Civil Veterinary Department. Madras. Admin. report 1926-33 - 1926-1933
Year: 1926
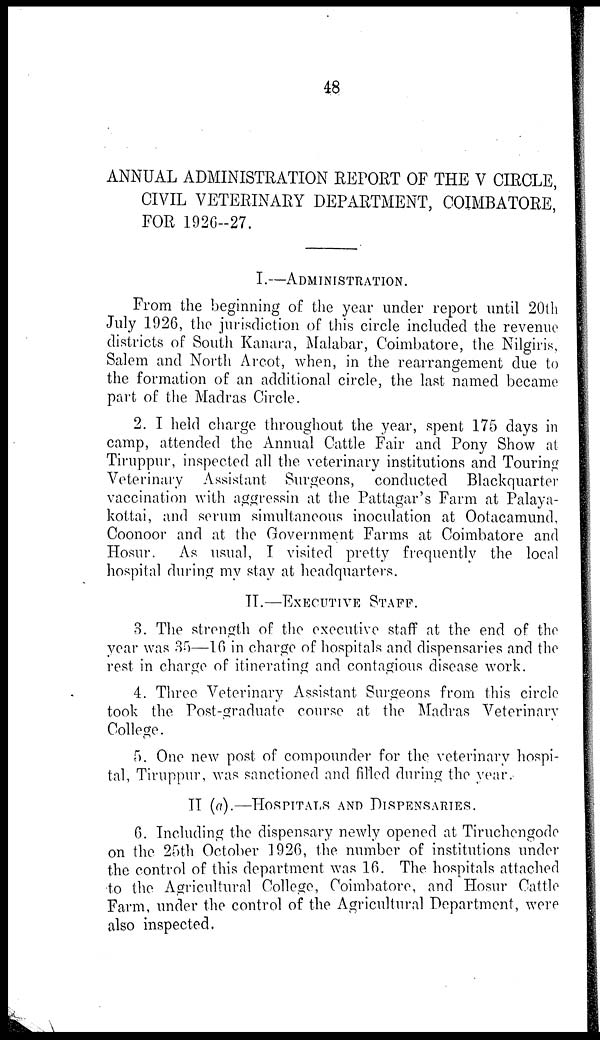
48
ANNUAL ADMINISTRATION REPORT OF THE V CIRCLE,
CIVIL VETERINARY DEPARTMENT, COIMBATORE,
FOR 192C--27.
I.—ADMINISTRATION.
From the beginning of the year under report until 20th
July 1926, the jurisdiction of this circle included the revenue
districts of South Kanara, Malabar, Coimbatore, the Nilgiris,
Salem and North Arcot, when, in the rearrangement clue to
the formation of an additional circle, the last named became
part of the Madras Circle.
2. I held charge throughout the year, spent 175 days in
camp, attended the Annual Cattle Fair and Pony Show at
Tiruppur, inspected all the veterinary institutions and Touring
Veterinary Assistant Surgeons, conducted Blackquarter
vaccination with aggressin at the Pattagar's Farm at Palaya-
kottai, and serum simultaneous inoculation at Ootacamund,
Coonoor and at the Government Farms at Coimbatore and
Hosur. As usual, I visited pretty frequently the local
hospital during my stay at headquarters.
II.—EXECUTIVE STAFF.
3. The strength of the executive staff at the end of the
year was 35—16 in charge of hospitals and dispensaries and the
rest in charge of itinerating and contagious disease work.
4. Three Veterinary Assistant Surgeons from this circle
took the Post-graduate course at the Madras Veterinary
College.
5. One new post of compounder for the veterinary hospi-
tal, Tiruppur, was sanctioned and filled during the year.
II (a).—HOSPITALS AND DISPENSARIES.
6. Including the dispensary newly opened at Tiruchengode
on the 25th October 1926, the number of institutions under
the control of this department was 16. The hospitals attached
to the Agricultural College, Coimbatore, and Hosur Cattle
Farm, under the control of the Agricultural Department, were
also inspected.